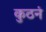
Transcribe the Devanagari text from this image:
कुठनं